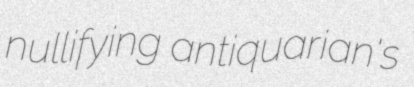
nullifying antiquarian's